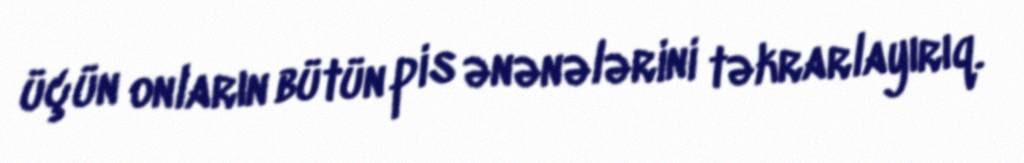
üçün onların bütün pis ənənələrini təkrarlayırıq.